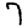
Digit: 7